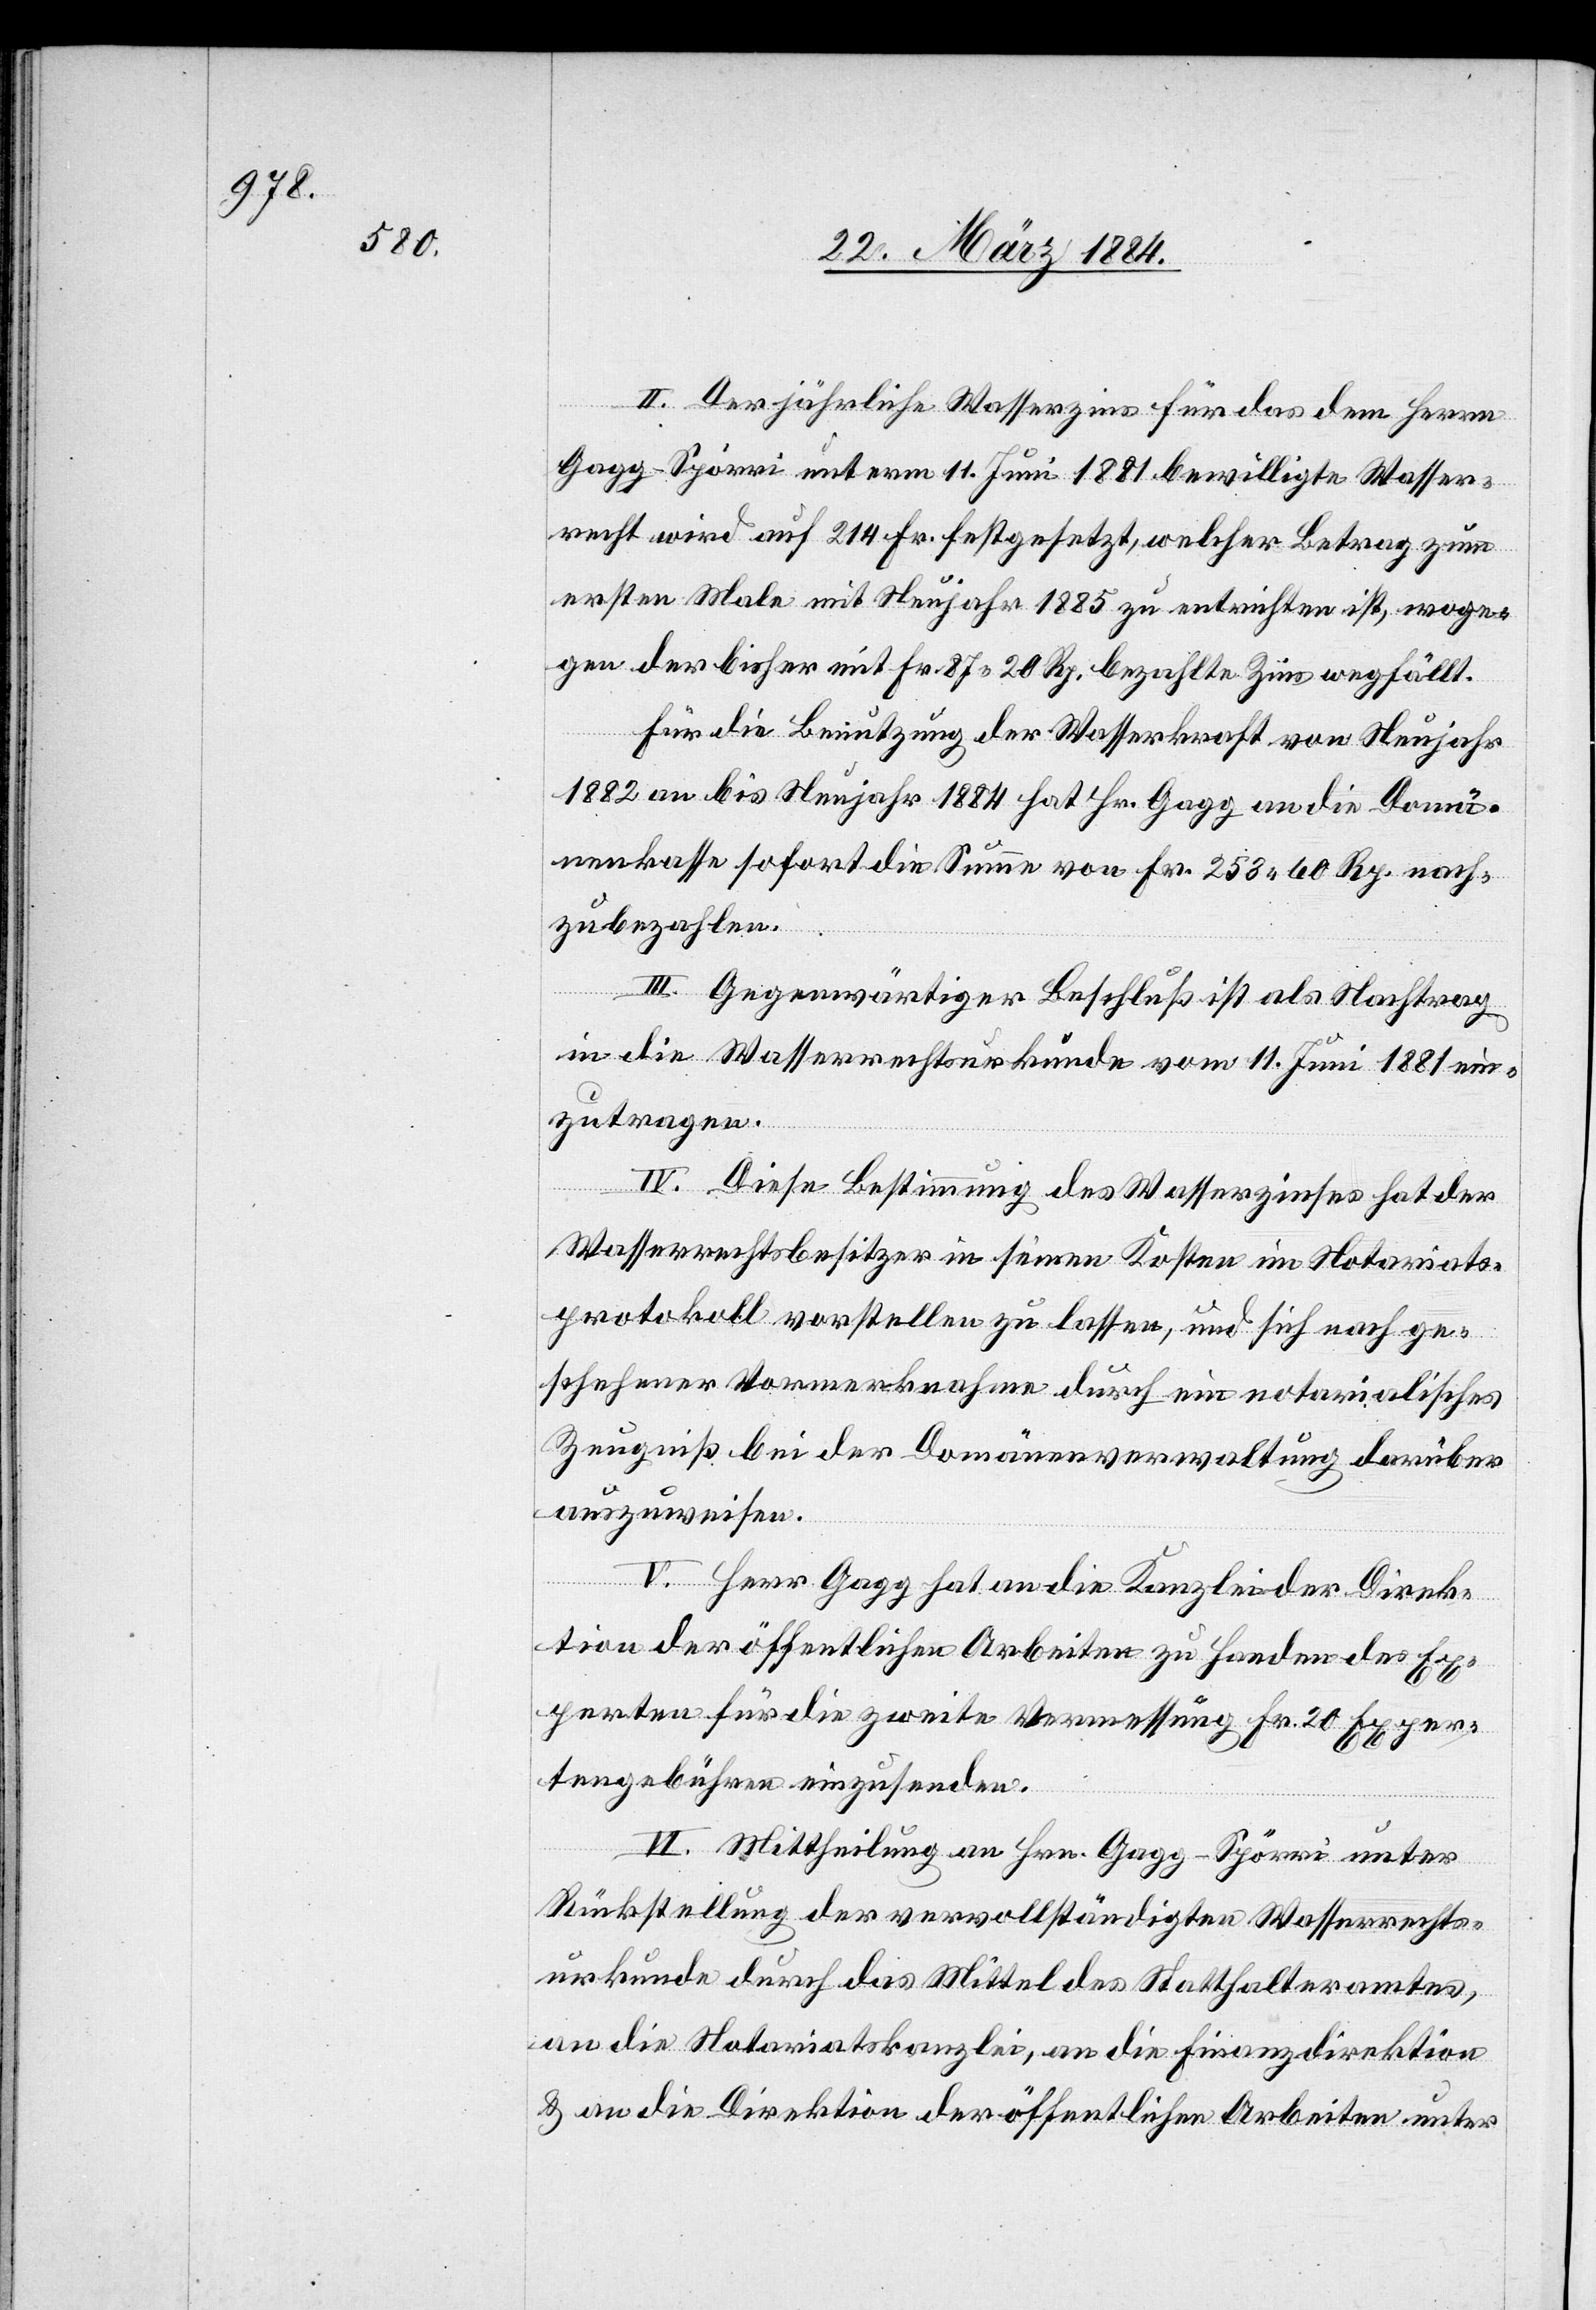
II. Der jährliche Wasserzins für das dem Herrn
Gagg-Spörri unterm 11. Juni 1881 bewilligte Wasser¬
recht wird auf 214 Fr. festgesetzt, welcher Betrag zum
ersten Male mit Neujahr 1885 zu entrichten ist, woge¬
gen der bisher mit Fr. 87 20 Rp. bezahlte Zins wegfällt.
Für die Benutzung der Wasserkraft von Neujahr
1882 an bis Neujahr 1884 hat Hr. Gagg an die Domä¬
nenkasse sofort die Summe von Fr. 253 60 Rp. nach¬
zubezahlen.
III. Gegenwärtiger Beschluß ist als Nachtrag
an die Wasserrechtsurkunde vom 11. Juni 1881 ein¬
zutragen.
IV. Diese Bestimmung des Wasserzinses hat der
Wasserrechtsbesitzer in seinen Kosten im Notariats¬
protokoll vorstellen zu lassen, und sich nach ge¬
schehener Vormerknahme durch ein notarialisches
Zeugniß bei der Domänenverwaltung darüber
auszuweisen.
V. Herr Gagg hat an die Kanzlei der Direk¬
tion der öffentlichen Arbeiten zu Handen des Ex¬
perten für die zweite Vermessung Fr. 20 Exper¬
tengebühren einzusenden.
IV. Mittheilung an Hrn. Gagg-Spörri unter
Rückstellung der vervollständigten Wasserrechts¬
urkunde durch das Mittel des Statthalteramtes,
an die Notariatskanzlei, an die Finanzdirektion
& an die Direktion der öffentlichen Arbeiten unter